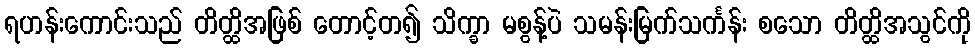
ရဟန်းကောင်းသည် တိတ္ထိအဖြစ် တောင့်တ၍ သိက္ခာ မစွန့်ပဲ သမန်းမြက်သင်္ကန်း စသော တိတ္ထိအသွင်ကို